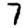
Digit: 7